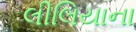
લીલિયાના